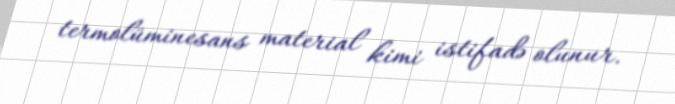
termolüminesans material kimi istifadə olunur.